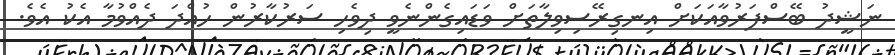
ނަޝީދު ބޭސްފަރުވާއަކަށް އިނގިރޭސިވިލާތަށް ވަޑައިގެންނެވީ ދިވެހި ސަރުކާރުން ހުއްދަ ދެއްވުމާ އެކު އެވެ.